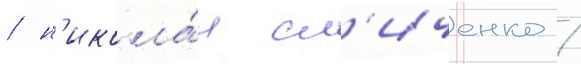
/ н'икола́я сл'иченко /